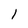
Character: 1